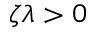
\zeta \lambda > 0